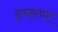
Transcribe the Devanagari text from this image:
इंचरणा